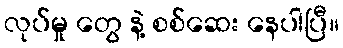
လုပ်မှု တွေ နဲ့ စစ်ဆေး နေပါပြီ။